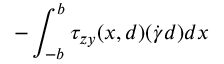
- \int _ { - b } ^ { b } \tau _ { z y } ( x , d ) ( \dot { \gamma } d ) d x